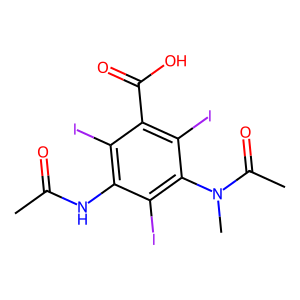
SMILES: CC(=O)Nc1c(I)c(C(=O)O)c(I)c(N(C)C(C)=O)c1I
Inhibits HIV replication: No